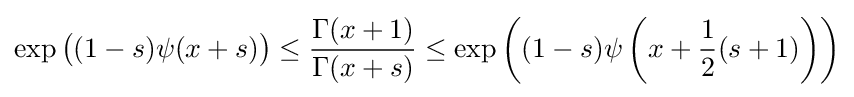
\exp {\bigl (}(1-s)\psi (x+s){\bigr )}\leq {\frac {\Gamma (x+1)}{\Gamma (x+s)}}\leq \exp \left((1-s)\psi \left(x+{\frac {1}{2}}(s+1)\right)\right)